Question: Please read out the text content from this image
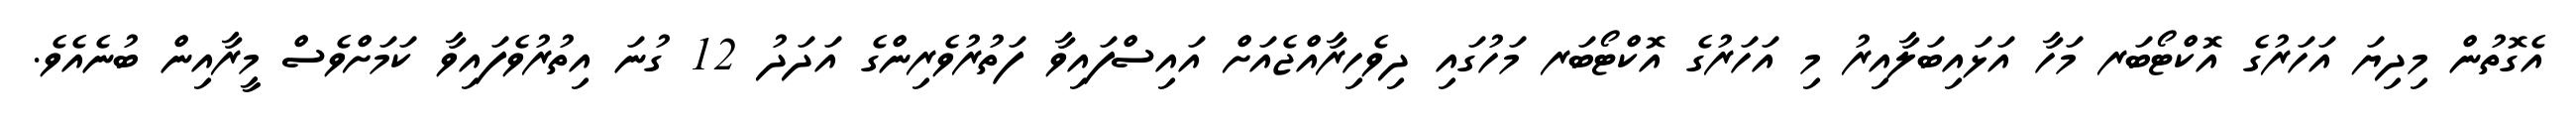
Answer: އެގޮތުން މިދިޔަ އަހަރުގެ އޮކްޓޯބަރ މަހާ އަޅައިބަލާއިރު މި އަހަރުގެ އޮކްޓޯބަރ މަހުގައި ދިވެހިރާއްޖެއަށް އައިސްފައިވާ ފަތުރުވެރިންގެ އަދަދު 12 ގުނަ އިތުރުވެފައިވާ ކަމަށްވެސް މީރާއިން ބުނެއެވެ.